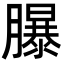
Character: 𦢊